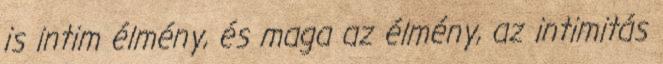
is intim élmény, és maga az élmény, az intimitás